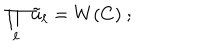
\prod _ { \ell } \tilde { u } _ { \ell } = W ( C ) ~ ;